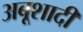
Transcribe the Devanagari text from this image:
अबूशादी